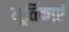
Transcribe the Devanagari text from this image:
मूर्तिकाएं